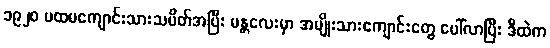
၁၉၂၀ ပထမကျောင်းသားသပိတ်အပြီး မန္တလေးမှာ အမျိုးသားကျောင်းတွေ ပေါ်လာပြီး ဒီထဲက